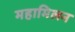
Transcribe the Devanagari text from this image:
महामिलन